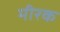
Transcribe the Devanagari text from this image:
मीरक